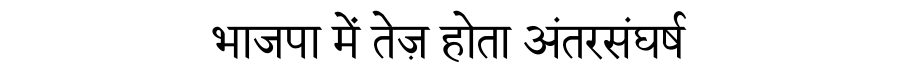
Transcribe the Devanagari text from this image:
भाजपा में तेज़ होता अंतरसंघर्ष